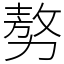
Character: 𠢕